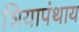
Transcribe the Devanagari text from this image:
शियापंथाय